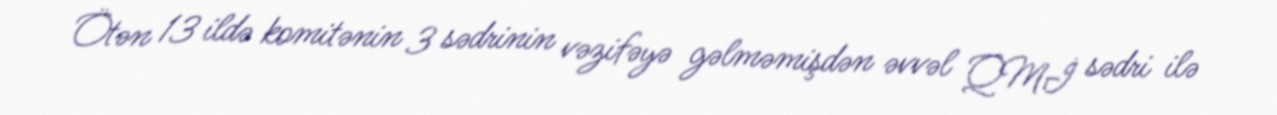
Ötən 13 ildə komitənin 3 sədrinin vəzifəyə gəlməmişdən əvvəl QMİ sədri ilə